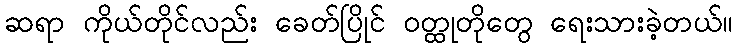
ဆရာ ကိုယ်တိုင်လည်း ခေတ်ပြိုင် ဝတ္ထုတိုတွေ ရေးသားခဲ့တယ်။